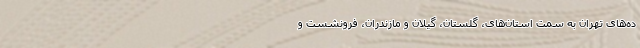
ده‌های تهران به سمت استان‌های، گلستان، گیلان و مازندران، فرونشست و